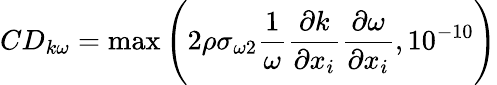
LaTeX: CD_{k\omega}=\operatorname*{max}\Bigg(2\rho\sigma_{\omega 2}\frac{1}{\omega}\frac{\partial k}{\partial x_{i}}\frac{\partial\omega}{\partial x_{i}},10^{-10}\Bigg)